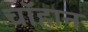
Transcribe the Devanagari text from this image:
चॉहान